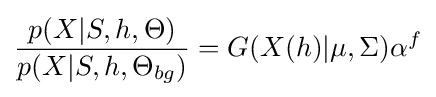
{\frac {p(X|S,h,\Theta )}{p(X|S,h,\Theta _{bg})}}=G(X(h)|\mu ,\Sigma )\alpha ^{f}